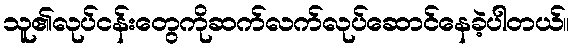
သူ၏လုပ်ငန်းတွေကိုဆက်လက်လုပ်ဆောင်နေခဲ့ပါတယ်။